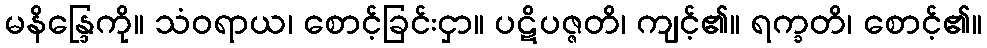
မနိန္ဒြေကို။ သံဝရာယ၊ စောင့်ခြင်းငှာ။ ပဋိပဇ္ဇတိ၊ ကျင့်၏။ ရက္ခတိ၊ စောင့်၏။